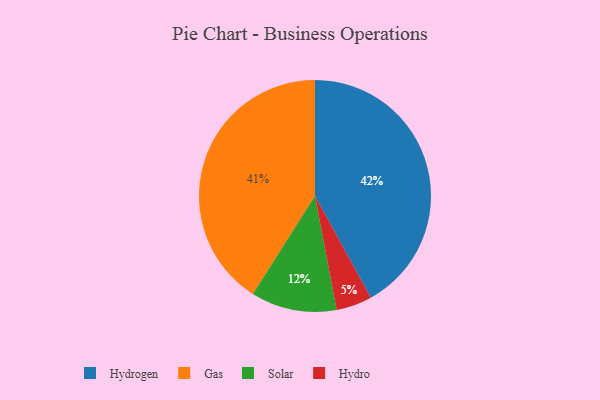
{"axis": {"x": "Category", "y": "Percentage"}, "legend": ["Gas", "Hydro", "Hydrogen", "Solar"], "data": [{"x": "Solar", "y": 12, "type": "Solar"}, {"x": "Hydrogen", "y": 42, "type": "Hydrogen"}, {"x": "Hydro", "y": 5, "type": "Hydro"}, {"x": "Gas", "y": 41, "type": "Gas"}]}